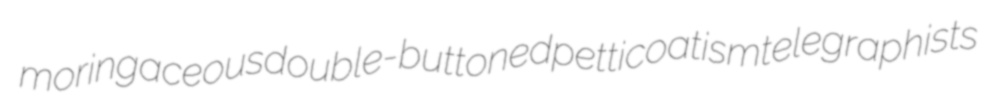
moringaceous double-buttoned petticoatism telegraphists